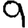
Digit: 9